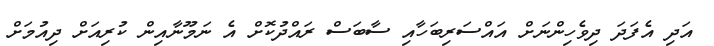
އަދި އެފަދަ ދިވެހިންނަށް އައްސަރިބަހާއި ސާބަސް ރައްދުކޮށް އެ ނަމޫނާއިން ކުރިއަށް ދިއުމަށް